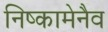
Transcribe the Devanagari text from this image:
निष्कामेनैव